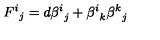
{ F ^ { i } } _ { j } = d { \beta ^ { i } } _ { j } + { \beta ^ { i } } _ { k } { \beta ^ { k } } _ { j }